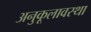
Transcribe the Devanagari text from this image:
अनुकूलावस्था